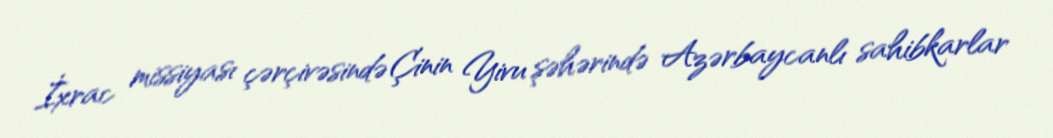
İxrac missiyası çərçivəsində Çinin Yivu şəhərində Azərbaycanlı sahibkarlar